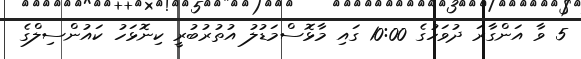
5 ވާ އަންގާރަ ދުވަހުގެ 10:00 ގައި މާޅޮސްމަޑުލު އުތުރުބުރީ ކިނޮޅަހު ކައުންސިލްގެ